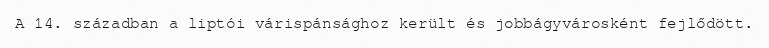
A 14. században a liptói várispánsághoz került és jobbágyvárosként fejlődött.